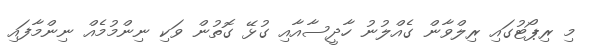
މި ރިޕޯޓުގައި ރިލްވާން ގެއްލުނު ހާދީސާއާއި ގުޅޭ ގޮތުން ވަކި ނިންމުމެއް ނިންމާފައި